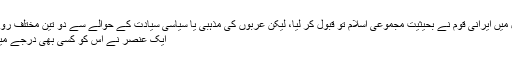
اس صورت حال میں ایرانی قوم نے بحیثیت مجموعی اسلام تو قبول کر لیا، لیکن عربوں کی مذہبی یا سیاسی سیادت کے حوالے سے دو تین مختلف رویے اختیار کیے:
ایک عنصر نے اس کو کسی بھی درجے میں تسلیم نہیں کیا۔